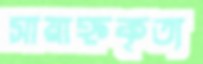
সায়াহ্নকৃত্য